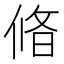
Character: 㫦